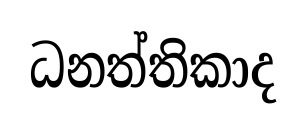
ධනත්තිකාද